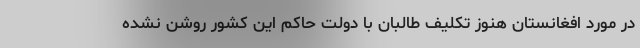
در مورد افغانستان هنوز تکلیف طالبان با دولت حاکم این کشور روشن نشده